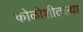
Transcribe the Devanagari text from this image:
कोळोशीतल्या